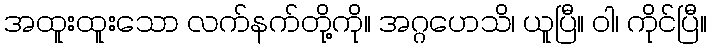
အထူးထူးသော လက်နက်တို့ကို။ အဂ္ဂဟေသိ၊ ယူပြီ။ ဝါ၊ ကိုင်ပြီ။